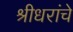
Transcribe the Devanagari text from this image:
श्रीधरांचे